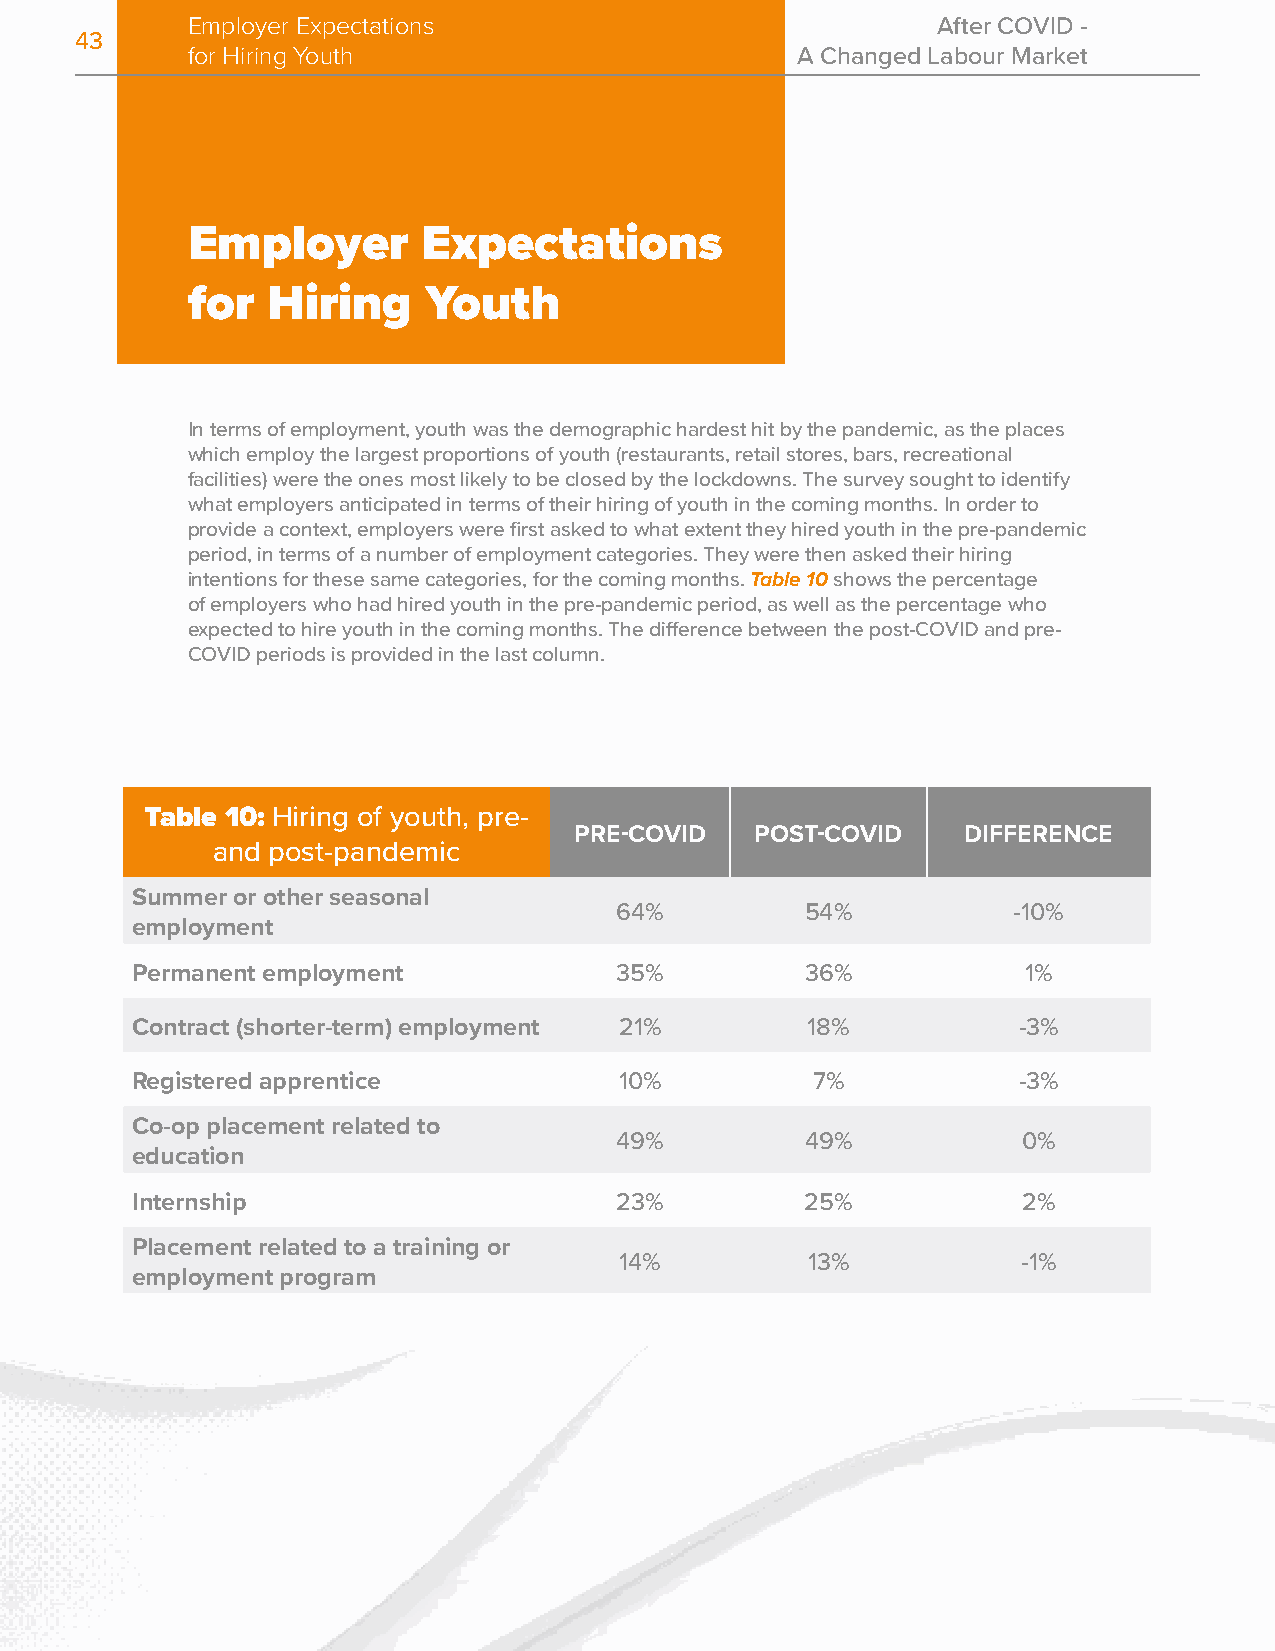
Employer Expectations                             After COVID -
 43
 for Hiring Youth                         A Changed Labour Market
 Employer        Expectations
 for   Hiring    Youth
 In terms of employment, youth was the demographic hardest hit by the pandemic, as the places
 which employ the largest proportions of youth (restaurants, retail stores, bars, recreational
 facilities) were the ones most likely to be closed by the lockdowns. The survey sought to identify
 what employers anticipated in terms of their hiring of youth in the coming months. In order to
 provide a context, employers were first asked to what extent they hired youth in the pre-pandemic
 period, in terms of a number of employment categories. They were then asked their hiring
 intentions for these same categories, for the coming months. Table 10 shows the percentage
 of employers who had hired youth in the pre-pandemic period, as well as the percentage who
 expected to hire youth in the coming months. The difference between the post-COVID and pre-
 COVID periods is provided in the last column.
 Table 10: Hiring of youth, pre-
 PRE-COVID   POST-COVID    DIFFERENCE
 and post-pandemic
 Summer or other seasonal
 64%         54%           -10%
 employment
 Permanent employment            35%         36%            1%
 Contract (shorter-term) employment 21%      18%           -3%
 Registered apprentice           10%          7%           -3%
 Co-op placement related to
 49%         49%            0%
 education
 Internship                      23%         25%            2%
 Placement related to a training or
 14%         13%            -1%
 employment program